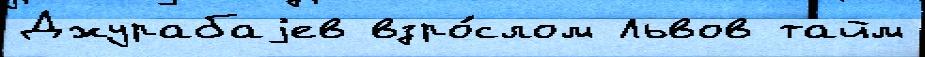
Джурабаjев взро́слом Львов тайм